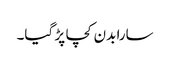
سارا بدن کچا پڑ گیا۔